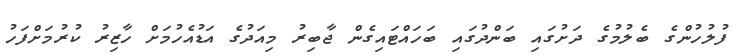
ފުލުހުންގެ ބެލުމުގެ ދަށުގައި ބަންދުގައި ބަހައްޓައިގެން ޖާބިރު މިއަދުގެ އަޑުއެހުމަށް ހާޒިރު ކުރުމަށްފަހު